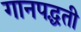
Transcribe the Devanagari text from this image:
गानपद्धती